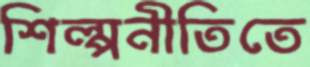
শিল্পনীতিতে